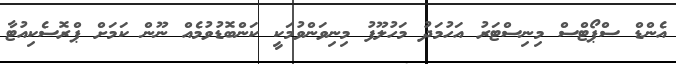
އެންޑް ސްޕޯޓްސް މިނިސްޓަރު އަހުމަދު މަހުލޫފު މިނިވަންވުމަކީ ކަންބޮޑުވުމެއް ނޫން ކަމަށް ޕްރޮސެކިއުޓާ